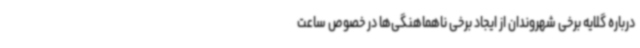
درباره گلایه برخی شهروندان از ایجاد برخی ناهماهنگی‌ها در خصوص ساعت